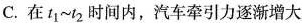
C.在t_{1}~t_{2}时间内，汽车牵引力逐渐增大